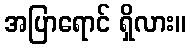
အပြာရောင် ရှိလား။